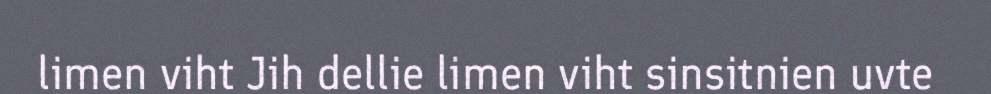
limen viht Jih dellie limen viht sinsitnien uvte